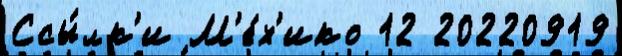
Ссы́лк'и М'е́х'ико 12 20220919